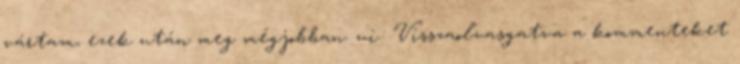
vártam, ezek után meg mégjobban. ui.: Visszaolvasgatva a kommenteket